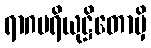
ရာဂပရိယုဋ္ဌိတောမှိ